Papers set at the Examination for Leaving Certificates, 1890
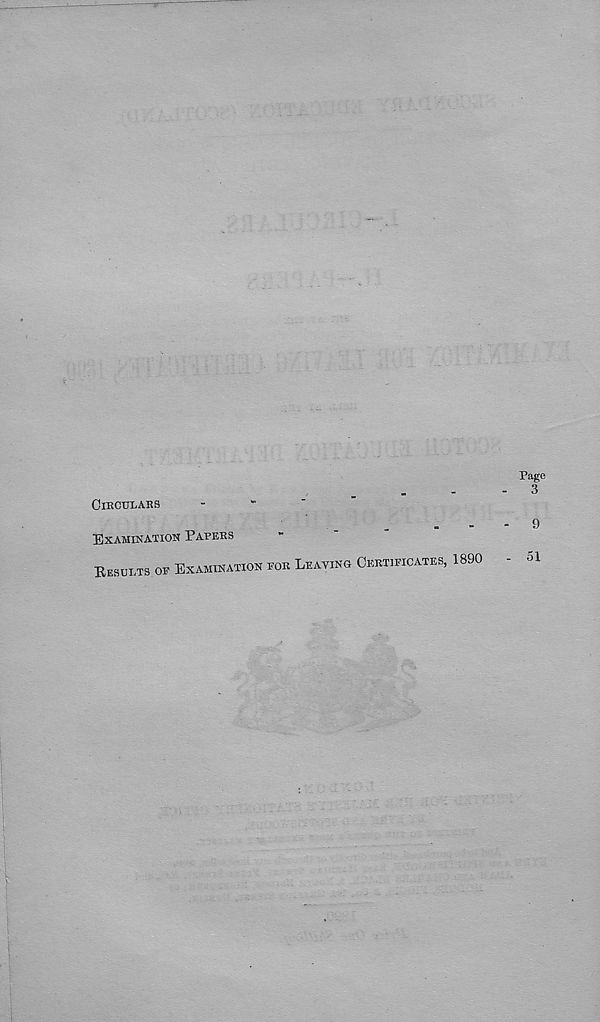
CIRCULARS
EXAMINATION PAPERS
EESULTS OF EXAMINATION FOR LEAVING CERTIFICATES, 1890
Page
3
9
-
51